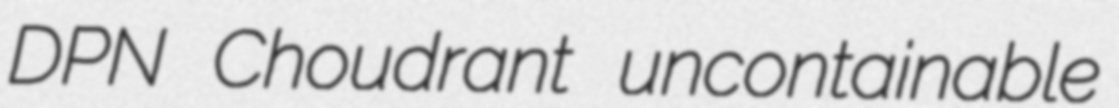
DPN Choudrant uncontainable